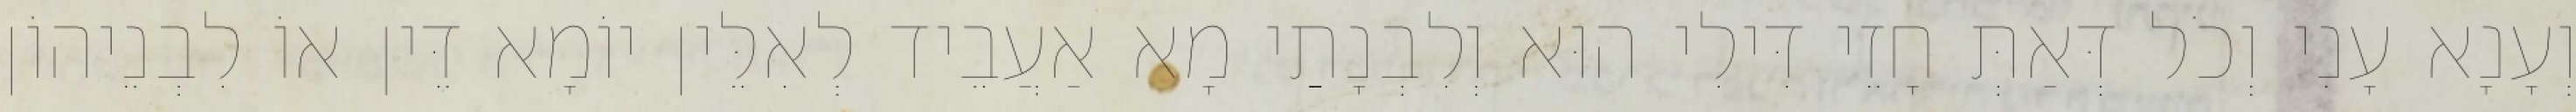
וְעָנָא עָנִי וְכֹל דְּאַתְּ חָזֵי דִּילִי הוּא וְלִבְנָתַי מָא אַעֲבֵיד לְאִלֵּין יוֹמָא דֵּין אוֹ לִבְנֵיהוֹן